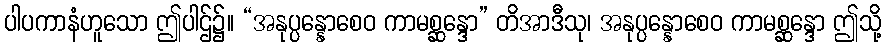
ပါပကာနံဟူသော ဤပါဌ်၌။ “အနုပ္ပန္နောစေဝ ကာမစ္ဆန္ဒော” တိအာဒီသု၊ အနုပ္ပန္နောစေဝ ကာမစ္ဆန္ဒော ဤသို့